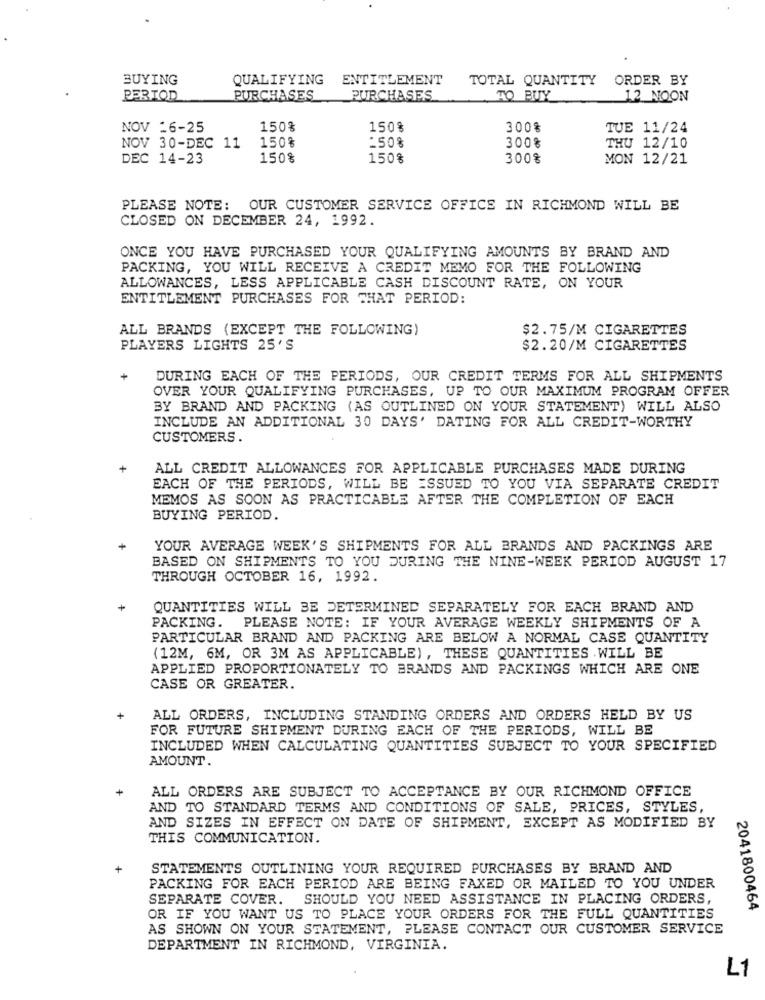
BUYING
QUALIFYING
ENTITLEMENT
TOTAL QUANTITY ORDER BY
PERIOD
PURCHASES
PURCHASES
TO BUY
12 NOON
NOV 16-25
150%
150%
300%
TUE 11/24
150%
-508
NOV 30-DEC 11
300%
THU 12/10
DEC 14-23
150%
150%
300%
MON 12/21
PLEASE NOTE: OUR CUSTOMER SERVICE OFFICE IN RICHMOND WILL BE
CLOSED ON DECEMBER 24, 1992.
ONCE YOU HAVE PURCHASED YOUR QUALIFYING AMOUNTS BY BRAND AND
PACKING, YOU WILL RECEIVE A CREDIT MEMO FOR THE FOLLOWING
ALLOWANCES, LESS APPLICABLE CASH DISCOUNT RATE, ON YOUR
ENTITLEMENT PURCHASES FOR THAT PERIOD:
ALL BRANDS (EXCEPT THE FOLLOWING)
$2.75/M CIGARETTES
PLAYERS LIGHTS 25'S
$2.20/M CIGARETTES
DURING EACH OF THE PERIODS, OUR CREDIT TERMS FOR ALL SHIPMENTS
OVER YOUR QUALIFYING PURCHASES, UP TO OUR MAXIMUM PROGRAM OFFER
BY BRAND AND PACKING (AS OUTLINED ON YOUR STATEMENT) WILL ALSO
INCLUDE AN ADDITIONAL 30 DAYS' DATING FOR ALL CREDIT-WORTHY
CUSTOMERS.
+
ALL CREDIT ALLOWANCES FOR APPLICABLE PURCHASES MADE DURING
EACH OF THE PERIODS, WILL BE ISSUED TO YOU VIA SEPARATE CREDIT
MEMOS AS SOON AS PRACTICABLE AFTER THE COMPLETION OF EACH
BUYING PERIOD.
YOUR AVERAGE WEEK'S SHIPMENTS FOR ALL BRANDS AND PACKINGS ARE
BASED ON SHIPMENTS TO YOU DURING THE NINE-WEEK PERIOD AUGUST 17
THROUGH OCTOBER 16, 1992.
QUANTITIES WILL BE DETERMINED SEPARATELY FOR EACH BRAND AND
PACKING. PLEASE NOTE: IF YOUR AVERAGE WEEKLY SHIPMENTS OF A
PARTICULAR BRAND AND PACKING ARE BELOW A NORMAL CASE QUANTITY
(12M, 6M, OR 3M AS APPLICABLE) , THESE QUANTITIES WILL BE
APPLIED PROPORTIONATELY TO BRANDS AND PACKINGS WHICH ARE ONE
CASE OR GREATER.
ALL ORDERS, INCLUDING STANDING ORDERS AND ORDERS HELD BY US
FOR FUTURE SHIPMENT DURING EACH OF THE PERIODS, WILL BE
INCLUDED WHEN CALCULATING QUANTITIES SUBJECT TO YOUR SPECIFIED
AMOUNT.
ALL ORDERS ARE SUBJECT TO ACCEPTANCE BY OUR RICHMOND OFFICE
AND TO STANDARD TERMS AND CONDITIONS OF SALE, PRICES, STYLES,
AND SIZES IN EFFECT ON DATE OF SHIPMENT, EXCEPT AS MODIFIED BY
THIS COMMUNICATION.
STATEMENTS OUTLINING YOUR REQUIRED PURCHASES BY BRAND AND
PACKING FOR EACH PERIOD ARE BEING FAXED OR MAILED TO YOU UNDER
SEPARATE COVER.
SHOULD YOU NEED ASSISTANCE IN PLACING ORDERS,
2041800464
OR IF YOU WANT US TO PLACE YOUR ORDERS FOR THE FULL QUANTITIES
AS SHOWN ON YOUR STATEMENT, PLEASE CONTACT OUR CUSTOMER SERVICE
DEPARTMENT IN RICHMOND, VIRGINIA.
L1